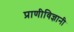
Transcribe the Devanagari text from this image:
प्राणीविज्ञानी